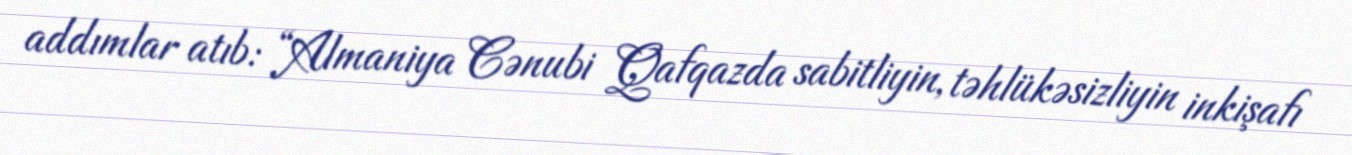
addımlar atıb: “Almaniya Cənubi Qafqazda sabitliyin, təhlükəsizliyin inkişafı